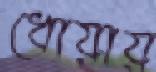
ধোয়ায়